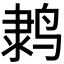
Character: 𬸗